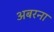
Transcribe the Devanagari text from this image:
अबरना